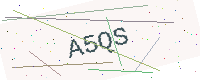
Text: A5QS